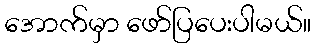
အောက်မှာ ဖော်ပြပေးပါမယ်။